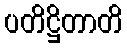
ပတိဋ္ဌိတာတိ